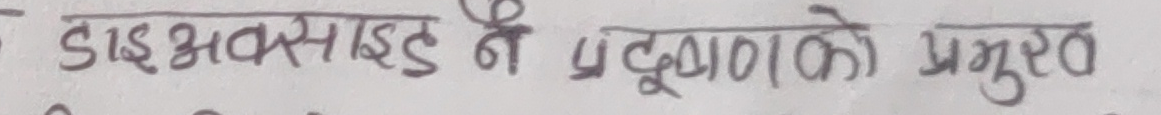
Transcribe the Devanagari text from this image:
डाइअक्साइड नै प्रदुषणको प्रमुख